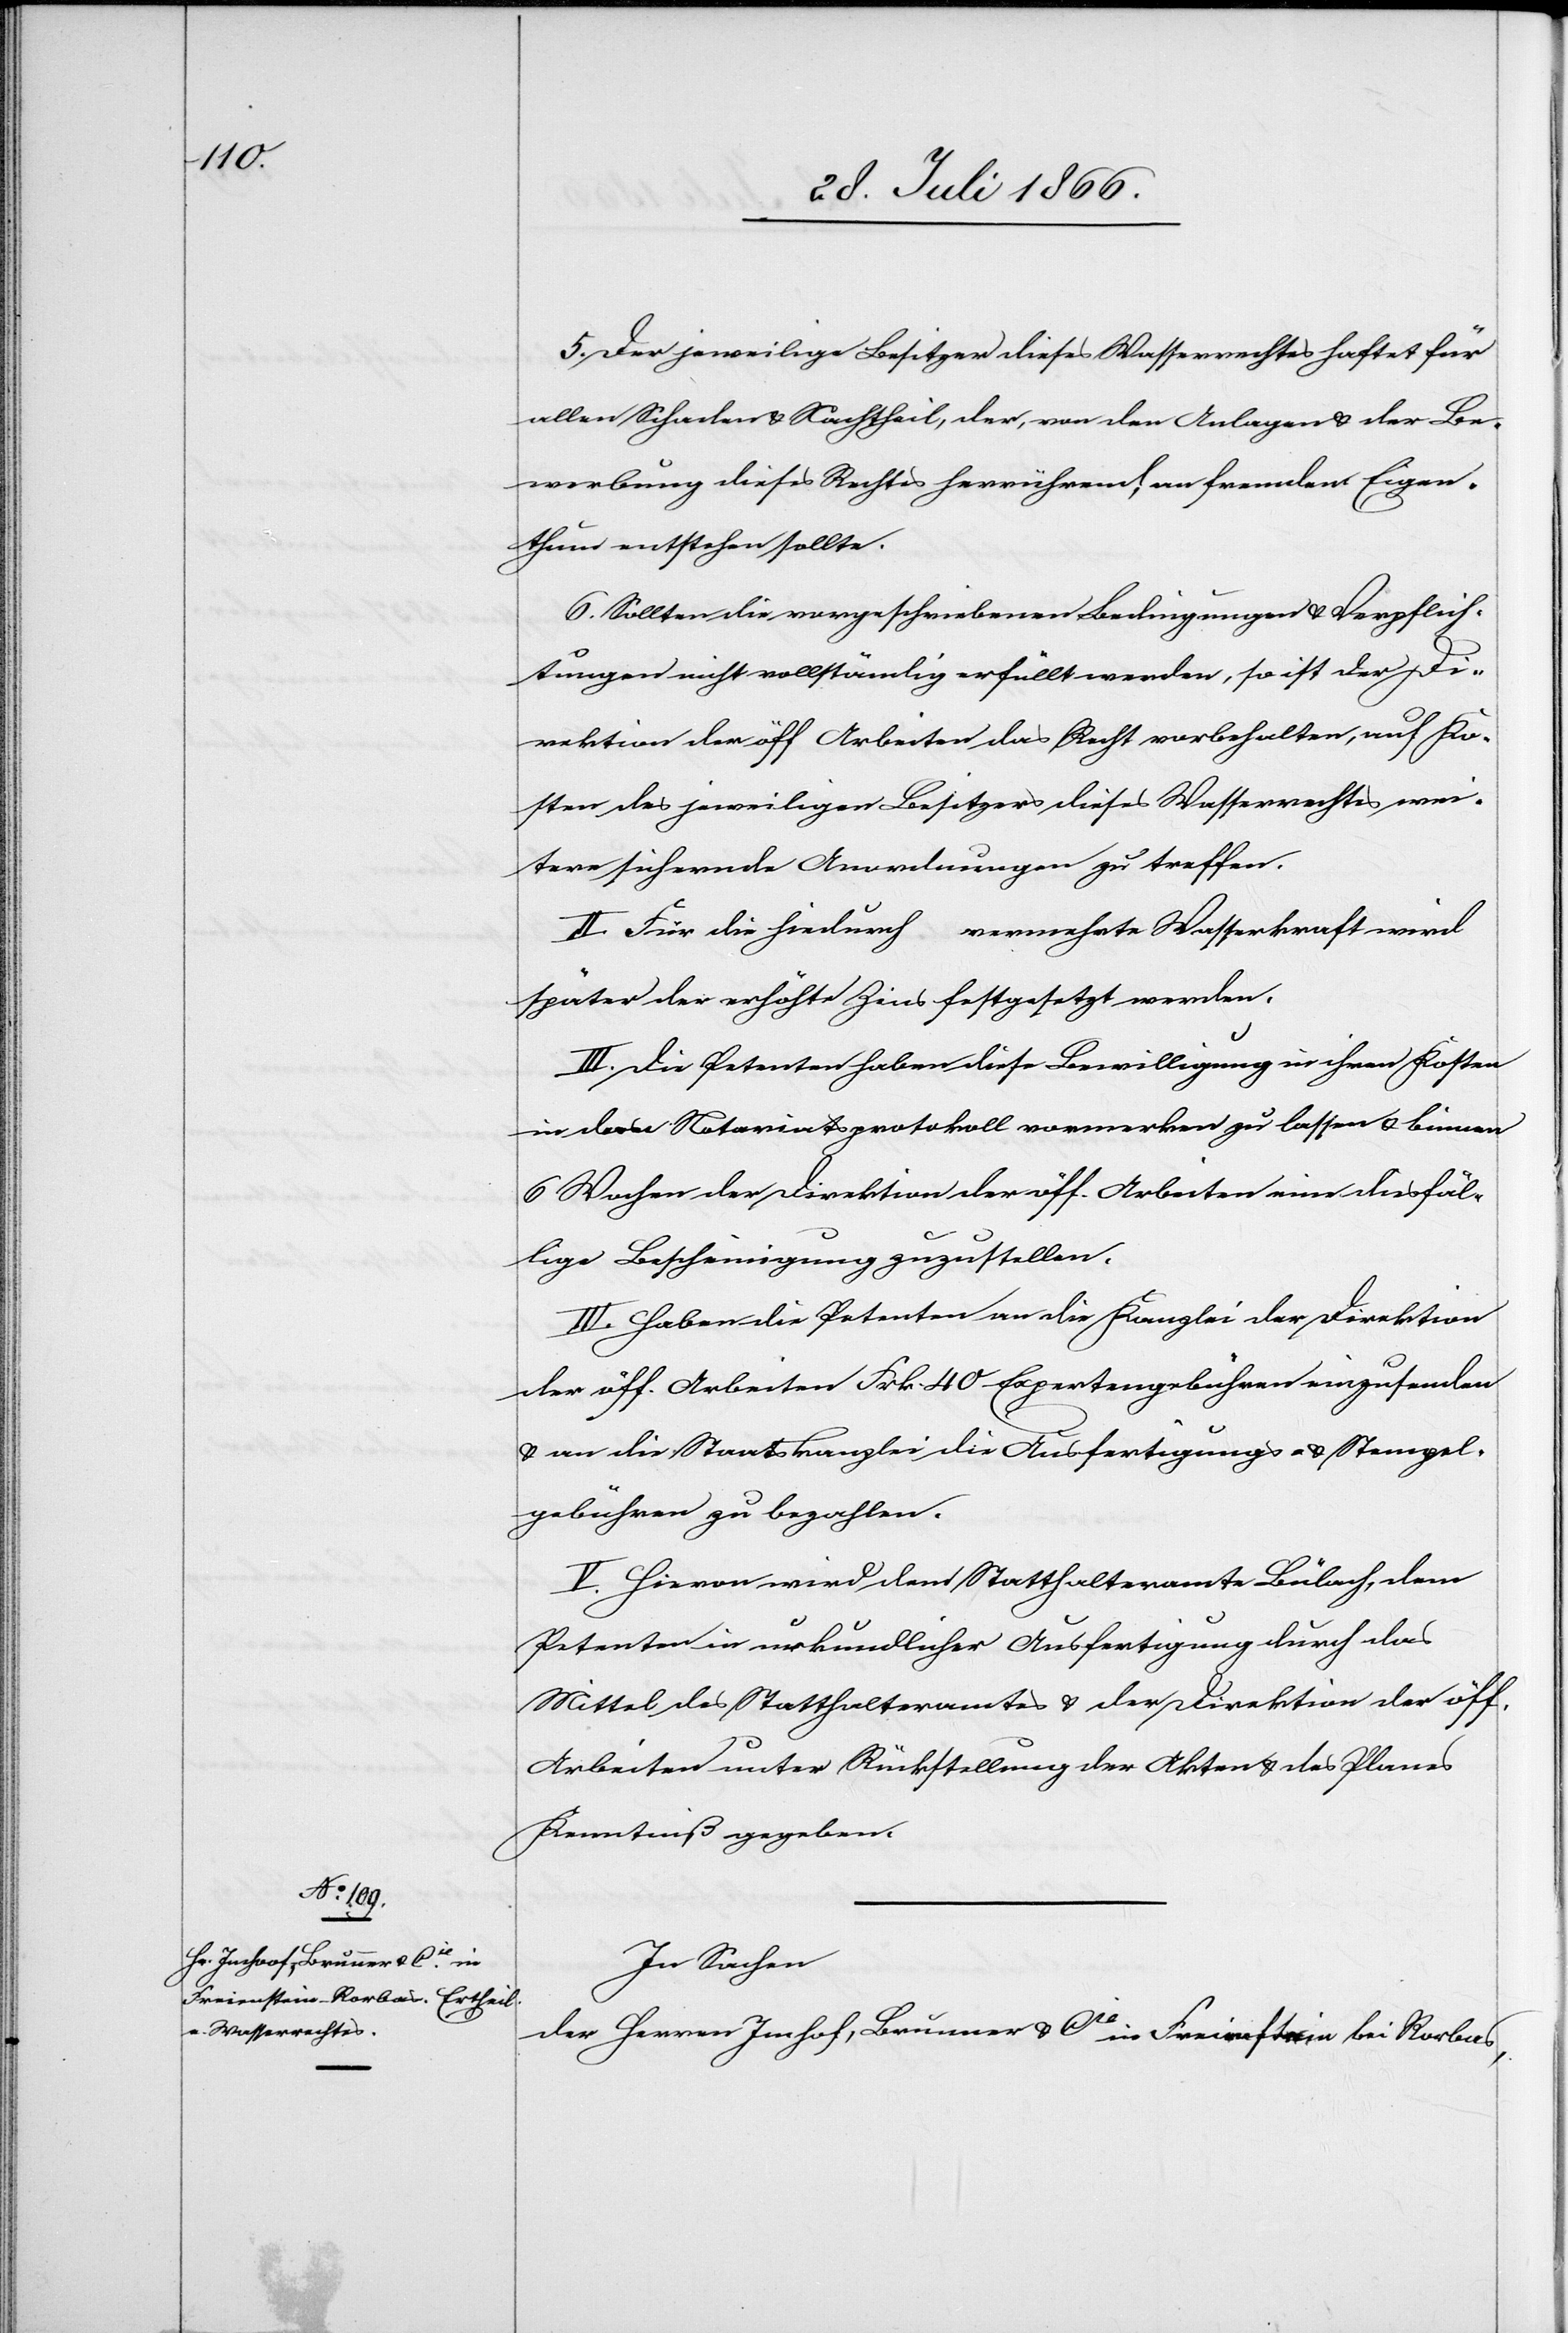
5. Der jeweilige Besitzer dieses Wasserrechtes haftet für
allen Schaden u. Nachtheil, der, von den Anlagen u. der Be¬
werbung dieses Rechtes herrührend, an fremdem Eigen¬
thum entstehen sollte.
6. Sollten die vorgeschriebenen Bedingungen u. Verpflich¬
tungen nicht vollständig erfüllt werden, so ist der Di¬
rektion der öff. Arbeiten das Recht vorbehalten, auf Ko¬
sten des jeweiligen Besitzers dieses Wasserrechtes wei¬
tere sichernde Anordnungen zu treffen.
II. Für die hiedurch vermehrte Wasserkraft wird
später der erhöhte Zins festgesetzt werden.
III. Die Petenten haben diese Bewilligung in ihren Kosten
in das Notariatsprotokoll vormerken zu lassen u. binnen
6 Wochen der Direktion der öff. Arbeiten eine diesfäl¬
lige Bescheinigung zuzustellen.
IV. Haben die Petenten an die Kanzlei der Direktion
der öff. Arbeiten Frk. 40 Expertengebühren einzusenden
u. an die Staatskanzlei die Ausfertigungs- u. Stempel¬
gebühren zu bezahlen.
V. Hievon wird dem Statthalteramte Bülach, dem
Petenten in urkundlicher Ausfertigung durch das
Mittel des Statthalteramtes u. der Direktion der öff.
Arbeiten unter Rückstellung der Akten u. des Planes
Kenntniß gegeben.
In Sachen
der Herren Imhof [sic!], Brunner u. Cie in Freienstein bei Rorbas,